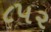
૮૫૨